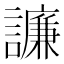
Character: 譧